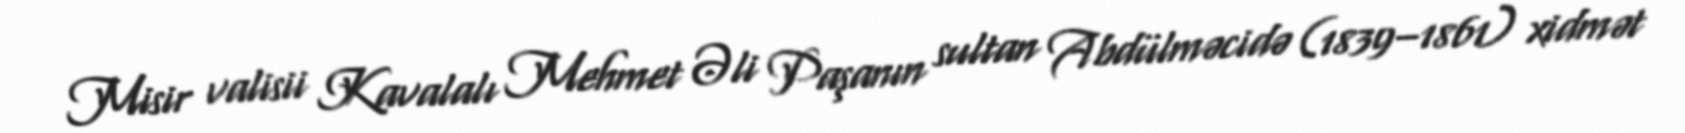
Misir valisii Kavalalı Mehmet Əli Paşanın sultan Abdülməcidə (1839–1861) xidmət